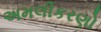
અમલીકરણો